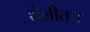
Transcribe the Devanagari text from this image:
शैलीतच